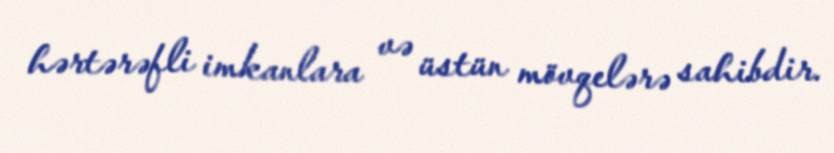
hərtərəfli imkanlara və üstün mövqelərə sahibdir.